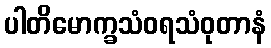
ပါတိမောက္ခသံဝရသံဝုတာနံ